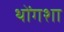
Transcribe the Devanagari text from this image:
थोंगशा